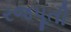
રજપૂતી